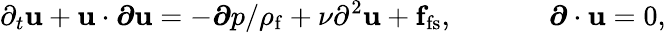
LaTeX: \partial_{t}{\mathbf u}+{\mathbf u}\cdot{\boldsymbol\partial}{\mathbf u}=-{\boldsymbol\partial}p/{\rho_{\mathrm{f}}}+\nu\partial^{2}{\mathbf u}+{\mathbf f}_{\mathrm{fs}},\; \; \; \; \; \; \; \; \; \; \; \; {\boldsymbol\partial}\cdot{\mathbf u}=0,